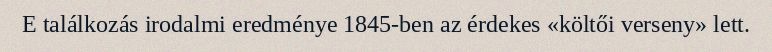
E találkozás irodalmi eredménye 1845-ben az érdekes «költői verseny» lett.